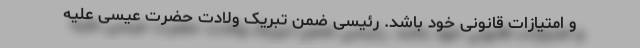
و امتیازات قانونی خود باشد. رئیسی ضمن تبریک ولادت حضرت عیسی علیه